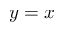
y = x